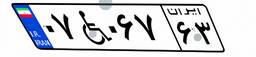
۱۷W۶۸۴۴۴